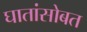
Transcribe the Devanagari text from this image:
घातांसोबत